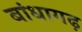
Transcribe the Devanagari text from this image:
बांधागढ़